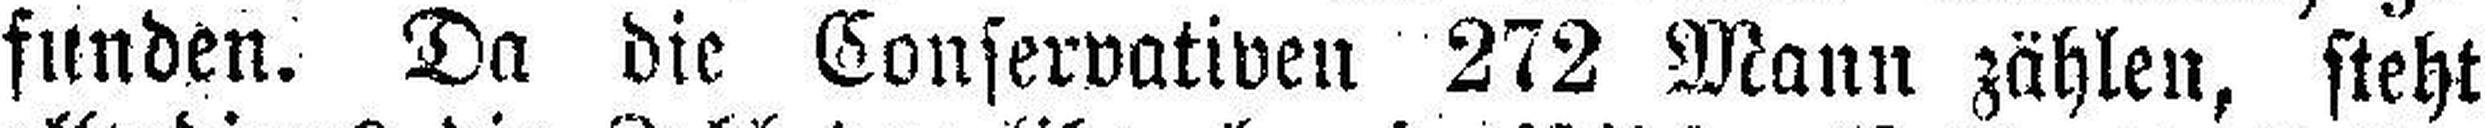
funden. Da die Conservativen 272 Mann zählen, steht